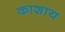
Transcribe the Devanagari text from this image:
काशाय